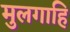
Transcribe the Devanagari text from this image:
मुलगाहि